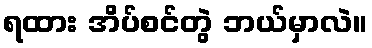
ရထား အိပ်စင်တွဲ ဘယ်မှာလဲ။